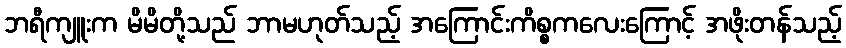
ဘရီကျူးက မိမိတို့သည် ဘာမဟုတ်သည့် အကြောင်းကိစ္စကလေးကြောင့် အဖိုးတန်သည့်